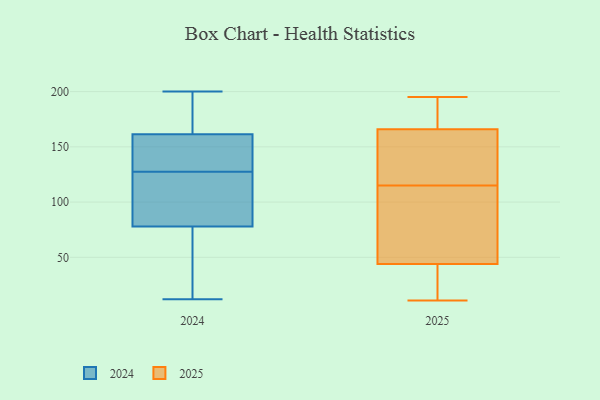
{"axis": {"x": "Revenue (USD Million)", "y": "Value"}, "legend": ["2024", "2025"], "data": [{"x": "", "y": 37, "type": "2025"}, {"x": "", "y": 166, "type": "2025"}, {"x": "", "y": 183, "type": "2025"}, {"x": "", "y": 44, "type": "2025"}, {"x": "", "y": 187, "type": "2025"}, {"x": "", "y": 106, "type": "2025"}, {"x": "", "y": 145, "type": "2025"}, {"x": "", "y": 11, "type": "2025"}, {"x": "", "y": 117, "type": "2025"}, {"x": "", "y": 93, "type": "2025"}, {"x": "", "y": 123, "type": "2025"}, {"x": "", "y": 46, "type": "2025"}, {"x": "", "y": 183, "type": "2025"}, {"x": "", "y": 113, "type": "2025"}, {"x": "", "y": 34, "type": "2025"}, {"x": "", "y": 31, "type": "2025"}, {"x": "", "y": 160, "type": "2025"}, {"x": "", "y": 195, "type": "2025"}, {"x": "", "y": 129, "type": "2024"}, {"x": "", "y": 186, "type": "2024"}, {"x": "", "y": 143, "type": "2024"}, {"x": "", "y": 90, "type": "2024"}, {"x": "", "y": 12, "type": "2024"}, {"x": "", "y": 80, "type": "2024"}, {"x": "", "y": 44, "type": "2024"}, {"x": "", "y": 35, "type": "2024"}, {"x": "", "y": 162, "type": "2024"}, {"x": "", "y": 161, "type": "2024"}, {"x": "", "y": 144, "type": "2024"}, {"x": "", "y": 104, "type": "2024"}, {"x": "", "y": 74, "type": "2024"}, {"x": "", "y": 101, "type": "2024"}, {"x": "", "y": 76, "type": "2024"}, {"x": "", "y": 185, "type": "2024"}, {"x": "", "y": 126, "type": "2024"}, {"x": "", "y": 139, "type": "2024"}, {"x": "", "y": 166, "type": "2024"}, {"x": "", "y": 200, "type": "2024"}]}